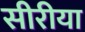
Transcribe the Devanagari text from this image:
सीरीया